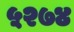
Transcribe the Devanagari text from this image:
५२७४